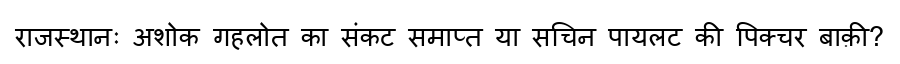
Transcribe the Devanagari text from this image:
राजस्थानः अशोक गहलोत का संकट समाप्त या सचिन पायलट की पिक्चर बाक़ी?